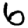
Digit: 6